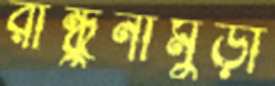
রান্ধুনীমুড়া